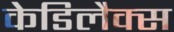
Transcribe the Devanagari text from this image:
केडिलैक्‍स